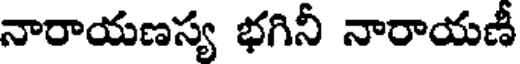
నారాయణస్య భగినీ నారాయణీ